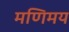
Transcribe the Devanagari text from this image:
मणिमय